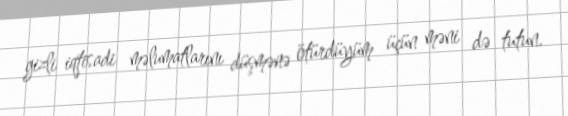
gizli iqtisadi məlumatlarını düşmənə ötürdüyüm üçün məni də tutun.